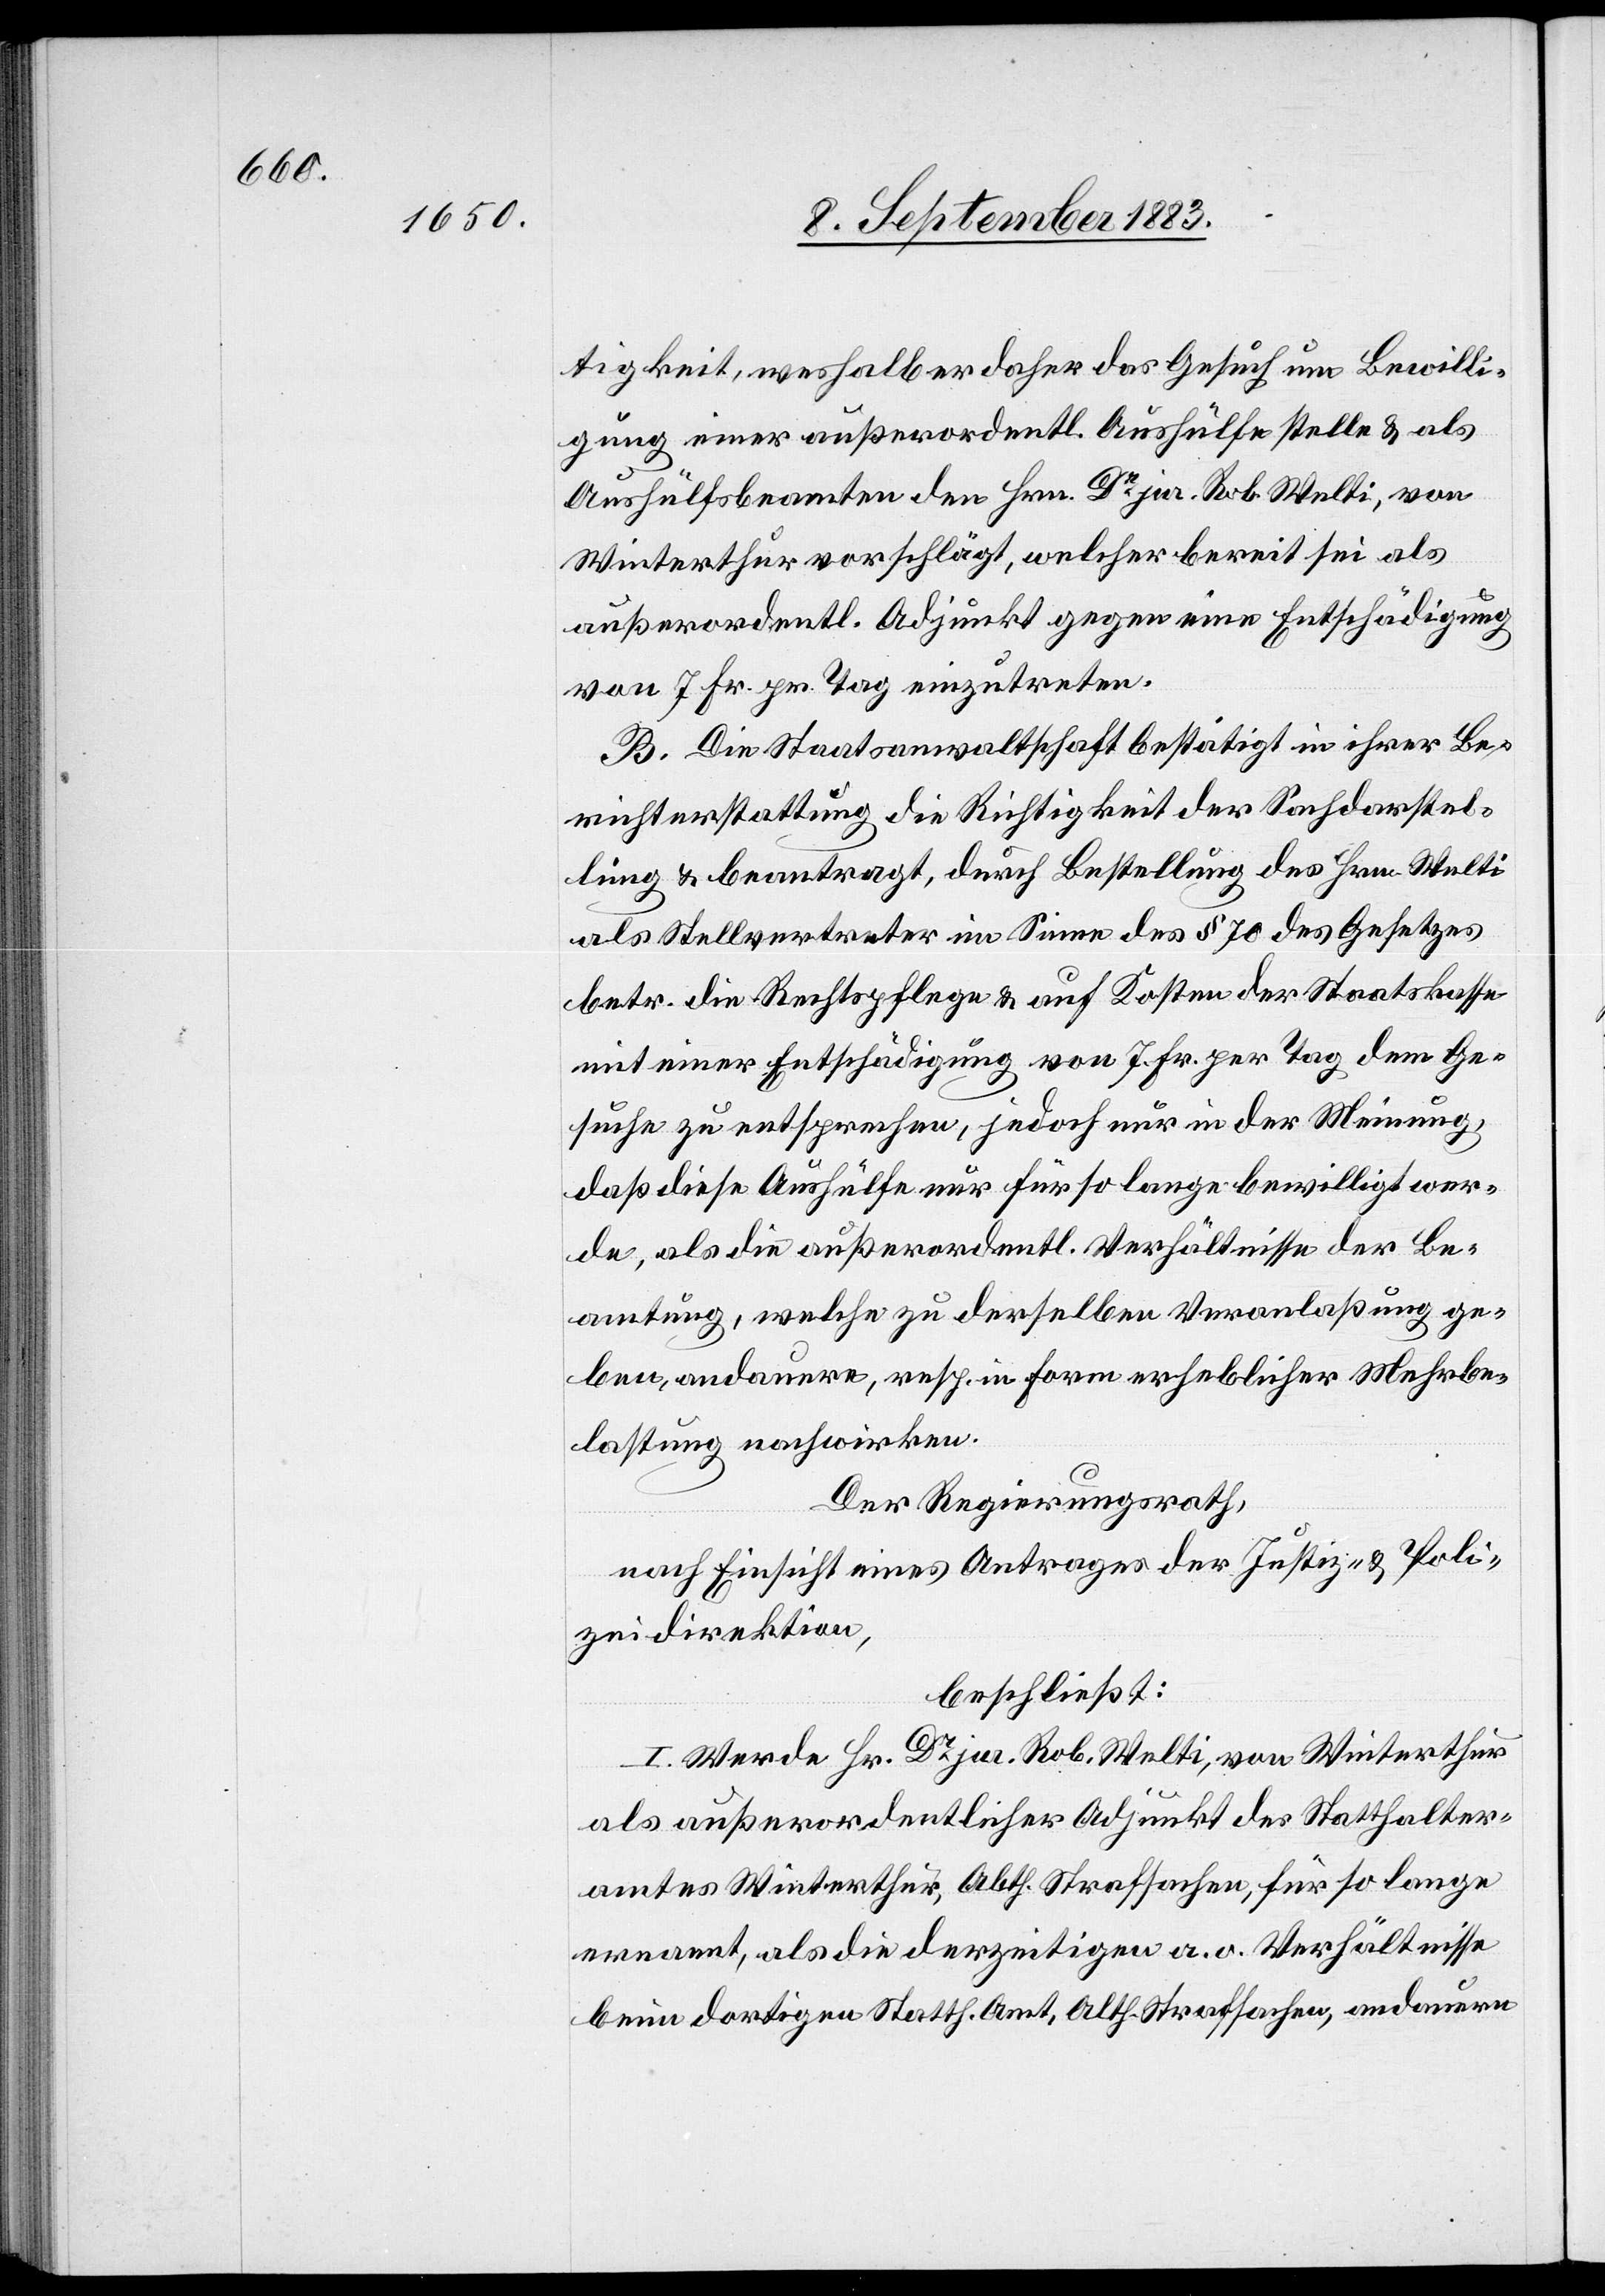
tigkeit, weshalb er daher das Gesuch um Bewilli¬
gung einer außerordentl. Aushülfe stelle & als
Aushülfsbeamten den Hrn. Dr jur. Rob. Welti, von
Winterthur vorschlägt, welcher bereit sei als
außerordentl. Adjunkt gegen eine Entschädigung
von 7 Fr. pr. Tag einzutreten.
B. Die Staatsanwaltschaft bestätigt in ihrer Be¬
richterstattung die Richtigkeit der Sachdarstel¬
lung & beantragt, durch Bestellung des Hrn. Welti
als Stellvertreter im Sinne des § 70 des Gesetzes
betr. die Rechtspflege & auf Kosten der Staatskasse
mit einer Entschädigung von 7 Fr. per Tag dem Ge¬
suche zu entsprechen, jedoch nur in der Meinung,
daß diese Aushülfe nur für so lange bewilligt wer¬
de, als die außerordentl. Verhältnisse der Be¬
amtung, welche zu derselben Veranlaßung ge¬
ben, andauern, resp. in Form erheblicher Mehrbe¬
lastung nachwirken.
Der Regierungsrath,
nach Einsicht eines Antrages der Justiz- & Poli¬
zeidirektion,
beschließt:
I. Werde Hr. Dr jur. Rob. Welti, von Winterthur
als außerordentlicher Adjunkt des Statthalter¬
amtes Winterthur, Abth. Strafsachen, für so lange
ernannt, als die derzeitigen a. o. Verhältnisse